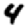
Digit: 4